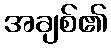
အချစ်၏